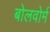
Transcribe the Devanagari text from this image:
बोलवोर्म